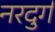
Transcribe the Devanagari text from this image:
नरदुर्ग